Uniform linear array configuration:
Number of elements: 24
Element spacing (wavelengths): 0.5
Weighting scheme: kaiser
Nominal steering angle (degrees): -15
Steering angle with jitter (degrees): -14.843
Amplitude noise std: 0.05
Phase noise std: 0.05

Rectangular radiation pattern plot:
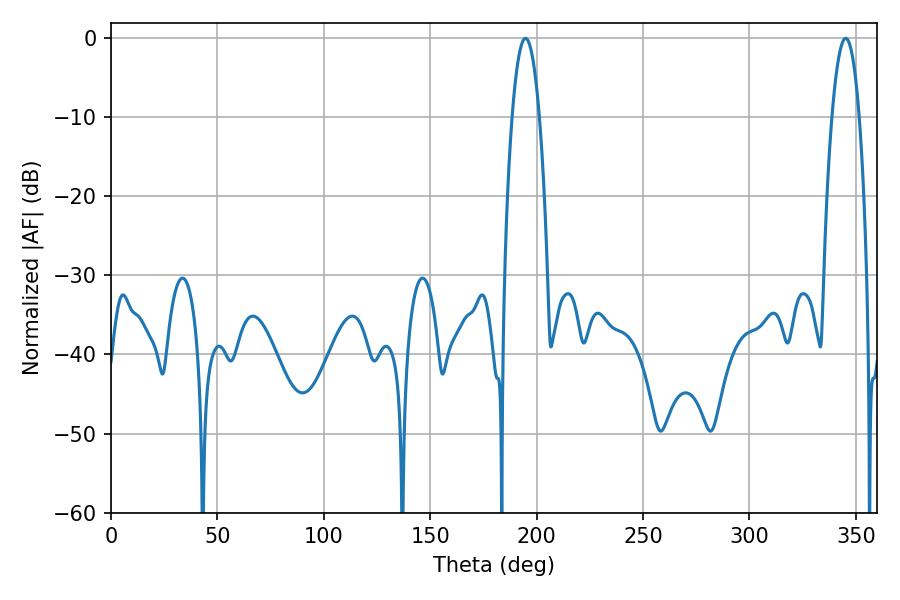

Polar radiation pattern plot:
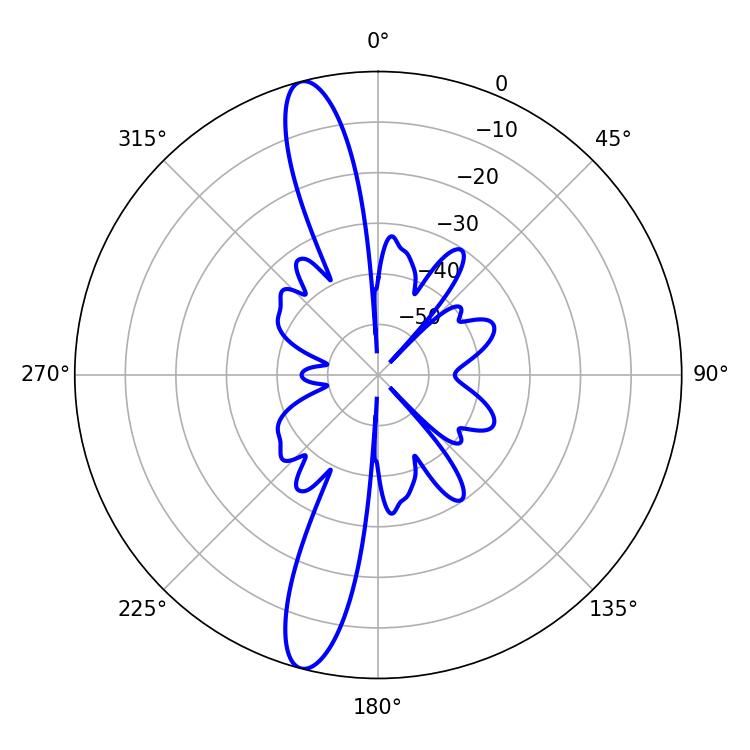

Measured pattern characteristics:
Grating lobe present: FALSE
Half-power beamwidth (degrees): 7.02
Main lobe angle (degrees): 194.76